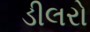
ડીલરો